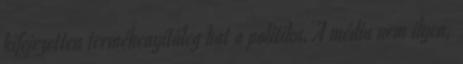
kifejezetten termékenyítőleg hat a politika. A média nem ilyen,